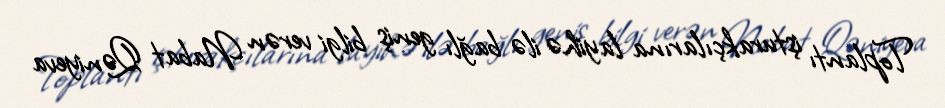
Toplantı işturakçılarına layihə ilə bağlı geniş bilgi verən Nabat Qəniyeva